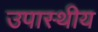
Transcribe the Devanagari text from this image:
उपास्थीय